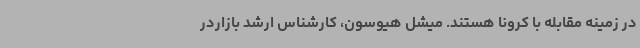
در زمینه مقابله با کرونا هستند. میشل هیوسون، کارشناس ارشد بازاردر